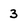
Character: 3